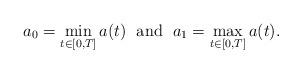
LaTeX: \begin{align*}a_0=\min_{t\in[0,T]}a(t)\; \textrm{ and } \;a_1=\max_{t\in[0,T]}{a(t)}.\end{align*}